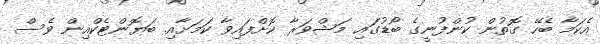
އެކަމާ ބެހޭ ގޮތުން ކުންފުނީގެ ބޯޑުގައި މަޝްވަރާ ކޮށްފައިވާ ކަމަށާއި ބަޔޮންޓެކްއިން ވެސް